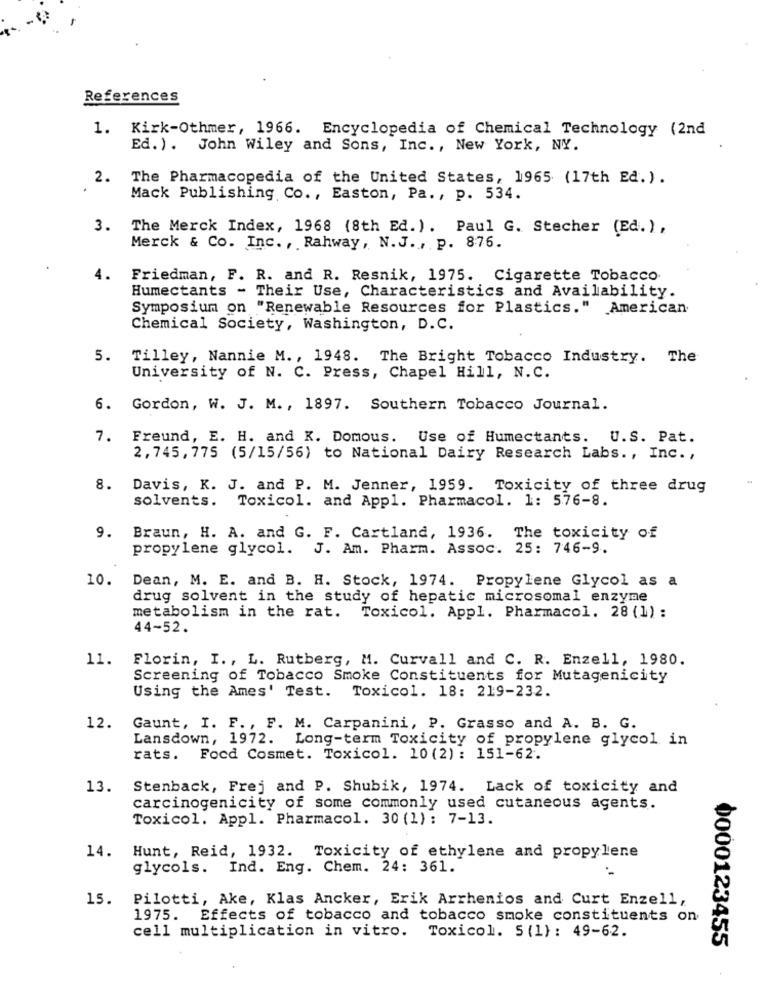
References
1. Kirk-Othmer, 1966. Encyclopedia of Chemical Technology (2nd
Ed.). John Wiley and Sons, Inc. , New York, NY.
2.
The Pharmacopedia of the United States, 1965 (17th Ed.).
Mack Publishing Co ., Easton, Pa. , p. 534.
3.
The Merck Index, 1968 (8th Ed.). Paul G. Stecher (Ed. ) ,
Merck & Co. Inc ., Rahway, N.J ., p. 876.
4.
Friedman, F. R. and R. Resnik, 1975. Cigarette Tobacco
Humectants - Their Use, Characteristics and Availability.
Symposium on "Renewable Resources for Plastics." American
Chemical Society, Washington, D.C.
5.
Tilley, Nannie M ., 1948. The Bright Tobacco Industry. The
University of N. C. Press, Chapel Hill, N.C.
6.
Gordon, W. J. M ., 1897. Southern Tobacco Journal.
7.
Freund, E. H. and K. Domous. Use of Humectants.
U.S. Pat.
2, 745, 775 (5/15/56) to National Dairy Research Labs ., Inc. ,
8.
Davis, K. J. and P. M. Jenner, 1959. Toxicity of three drug
solvents. Toxicol. and Appl. Pharmacol. 1: 576-8.
9.
Braun, H. A. and G. F. Cartland, 1936. The toxicity of
propylene glycol. J. Am. Pharm. Assoc. 25: 746-9.
10.
Dean, M. E. and B. H. Stock, 1974. Propylene Glycol as a
drug solvent in the study of hepatic microsomal enzyme
metabolism in the rat. Toxicol. Appl. Pharmacol. 28 (1) :
44-52.
11.
Florin, I ., L. Rutberg, M. Curvall and C. R. Enzell, 1980.
Screening of Tobacco Smoke Constituents for Mutagenicity
Using the Ames' Test. Toxicol. 18: 219-232.
12.
Gaunt, I. F ., F. M. Carpanini, P. Grasso and A. B. G.
Lansdown, 1972. Long-term Toxicity of propylene glycol in
rats.
Food Cosmet. Toxicol. 10(2) : 151-62.
13.
Stenback, Frej and P. Shubik, 1974. Lack of toxicity and
carcinogenicity of some commonly used cutaneous agents.
Toxicol. Appl. Pharmacol. 30 (1) : 7-13.
14.
Hunt, Reid, 1932. Toxicity of ethylene and propylene
glycols. Ind. Eng. Chem. 24: 361.
15.
Pilotti, Ake, Klas Ancker, Erik Arrhenios and Curt Enzell,
1975. Effects of tobacco and tobacco smoke constituents on
cell multiplication in vitro. Toxicol. 5 (1): 49-62.
0000123455